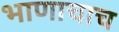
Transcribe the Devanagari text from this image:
भाणाचाच